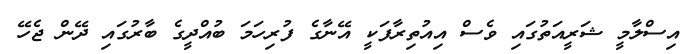
އިސްލާމީ ޝަރީއަތުގައި ވެސް އިއުތިރާފަކީ އޭނާގެ ފުރިހަމަ ބުއްދީގެ ބާރުގައި ދޭން ޖެހޭ